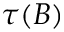
\tau ( B )